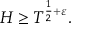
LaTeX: H \geq T ^ { { \frac { 1 } { 2 } } + \varepsilon } .